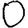
Digit: 0